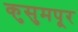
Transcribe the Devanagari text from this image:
कुसुमपूर